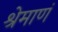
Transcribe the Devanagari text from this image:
श्रेमाणं